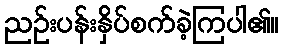
ညဉ်းပန်းနှိပ်စက်ခဲ့ကြပါ၏။